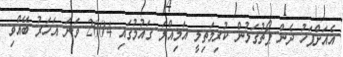
އެއަށްފަހު ދެން ޕޯޗުގަލުން ކުރިމަތިލީ އަމިއްލަ ގައުމުގައި 2004 ވަނަ އަހަރު ބޭއްވި